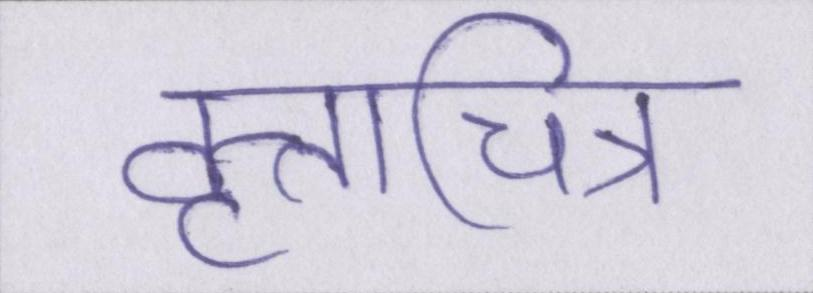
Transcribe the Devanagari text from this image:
वृत्तचित्र